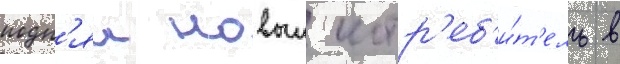
подн'ял новыи истр'еб'и́т'ель в